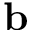
\mathbf { b }